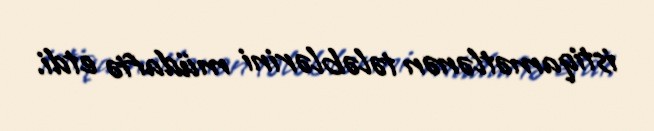
istiqamətlənən tələblərini müdafiə etdi.